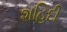
શહિદી